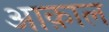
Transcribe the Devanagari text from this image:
आक़ाल